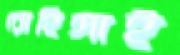
রোহিঙ্গাই